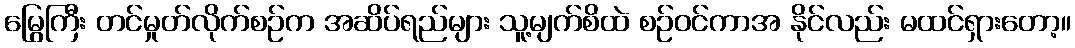
မြွေကြီး တင်မှုတ်လိုက်စဉ်က အဆိပ်ရည်များ သူ့မျက်စိထဲ စဉ်ဝင်ကာအ နိုင်လည်း မထင်ရှားတော့။